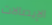
الإيصالات